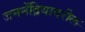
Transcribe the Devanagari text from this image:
जननेंद्रियावरील